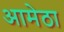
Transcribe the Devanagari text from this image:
आमेठा